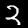
Digit: 2